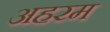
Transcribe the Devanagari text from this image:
अहरम